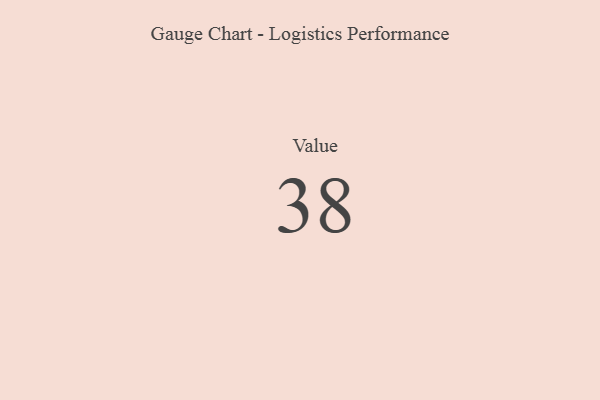
{"axis": {"x": "Metric", "y": "Value"}, "legend": [""], "data": [{"x": "Value", "y": 38, "type": ""}]}